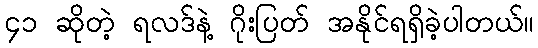
၄၁ ဆိုတဲ့ ရလဒ်နဲ့ ဂိုးပြတ် အနိုင်ရရှိခဲ့ပါတယ်။